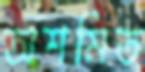
অশমিত